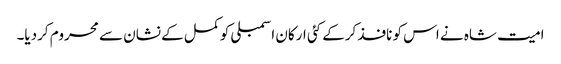
امیت شاہ نے اس کو نافذ کرکے کئی ارکان اسمبلی کو کمل کے نشان سے محروم کردیا۔